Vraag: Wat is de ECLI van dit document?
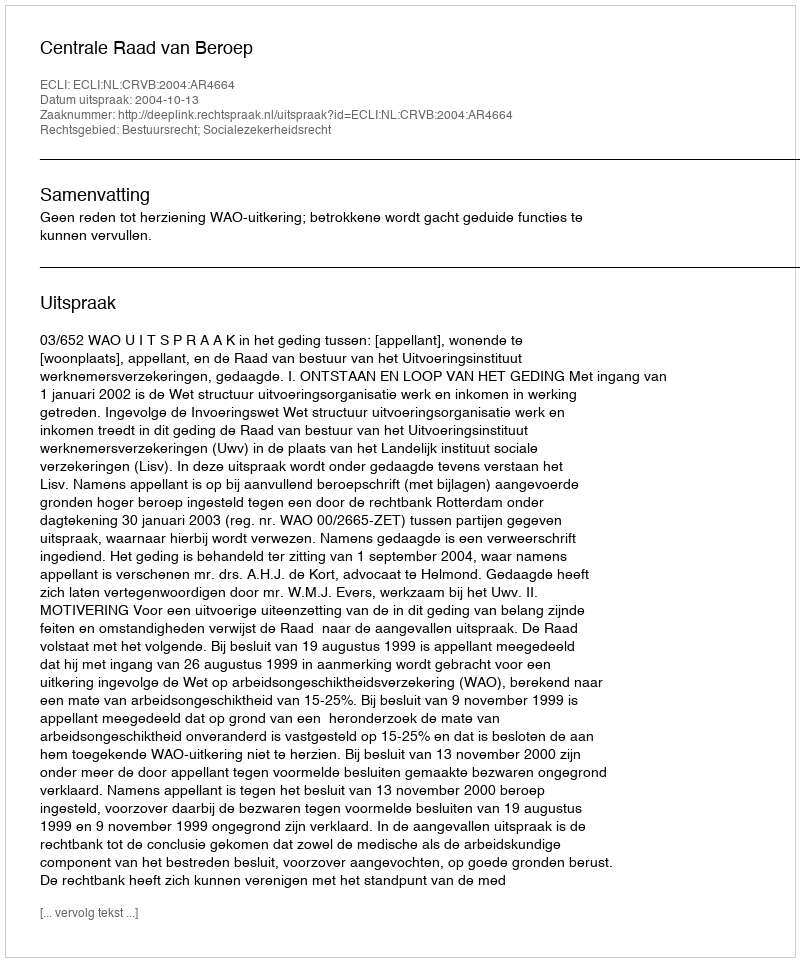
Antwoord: ECLI:NL:CRVB:2004:AR4664